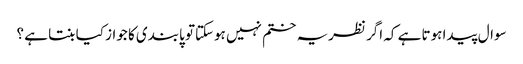
سوال پیدا ہوتا ہے کہ اگر نظریہ ختم نہیں ہوسکتاتو پابندی کا جواز کیا بنتا ہے ؟